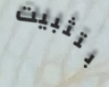
بتثبيت